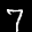
Label: 7